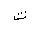
Letter: _ta